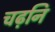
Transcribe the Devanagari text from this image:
चढ़नि